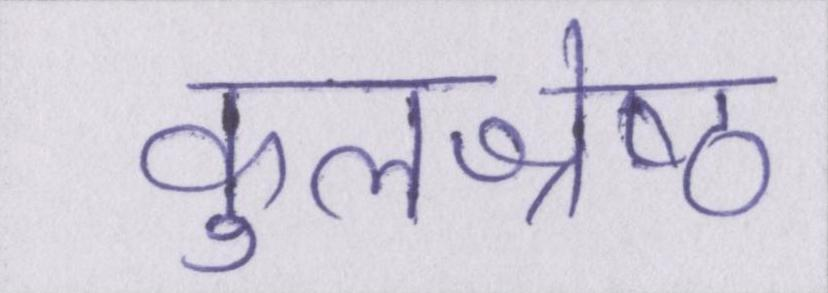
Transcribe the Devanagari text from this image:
कुलश्रेष्ठ